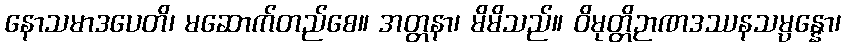
နောသမာဒပေတိ၊ မဆောက်တည်စေ။ အတ္တနာ၊ မိမိသည်။ ဝိမုတ္တိဉာဏဒဿနသမ္ပန္နော၊